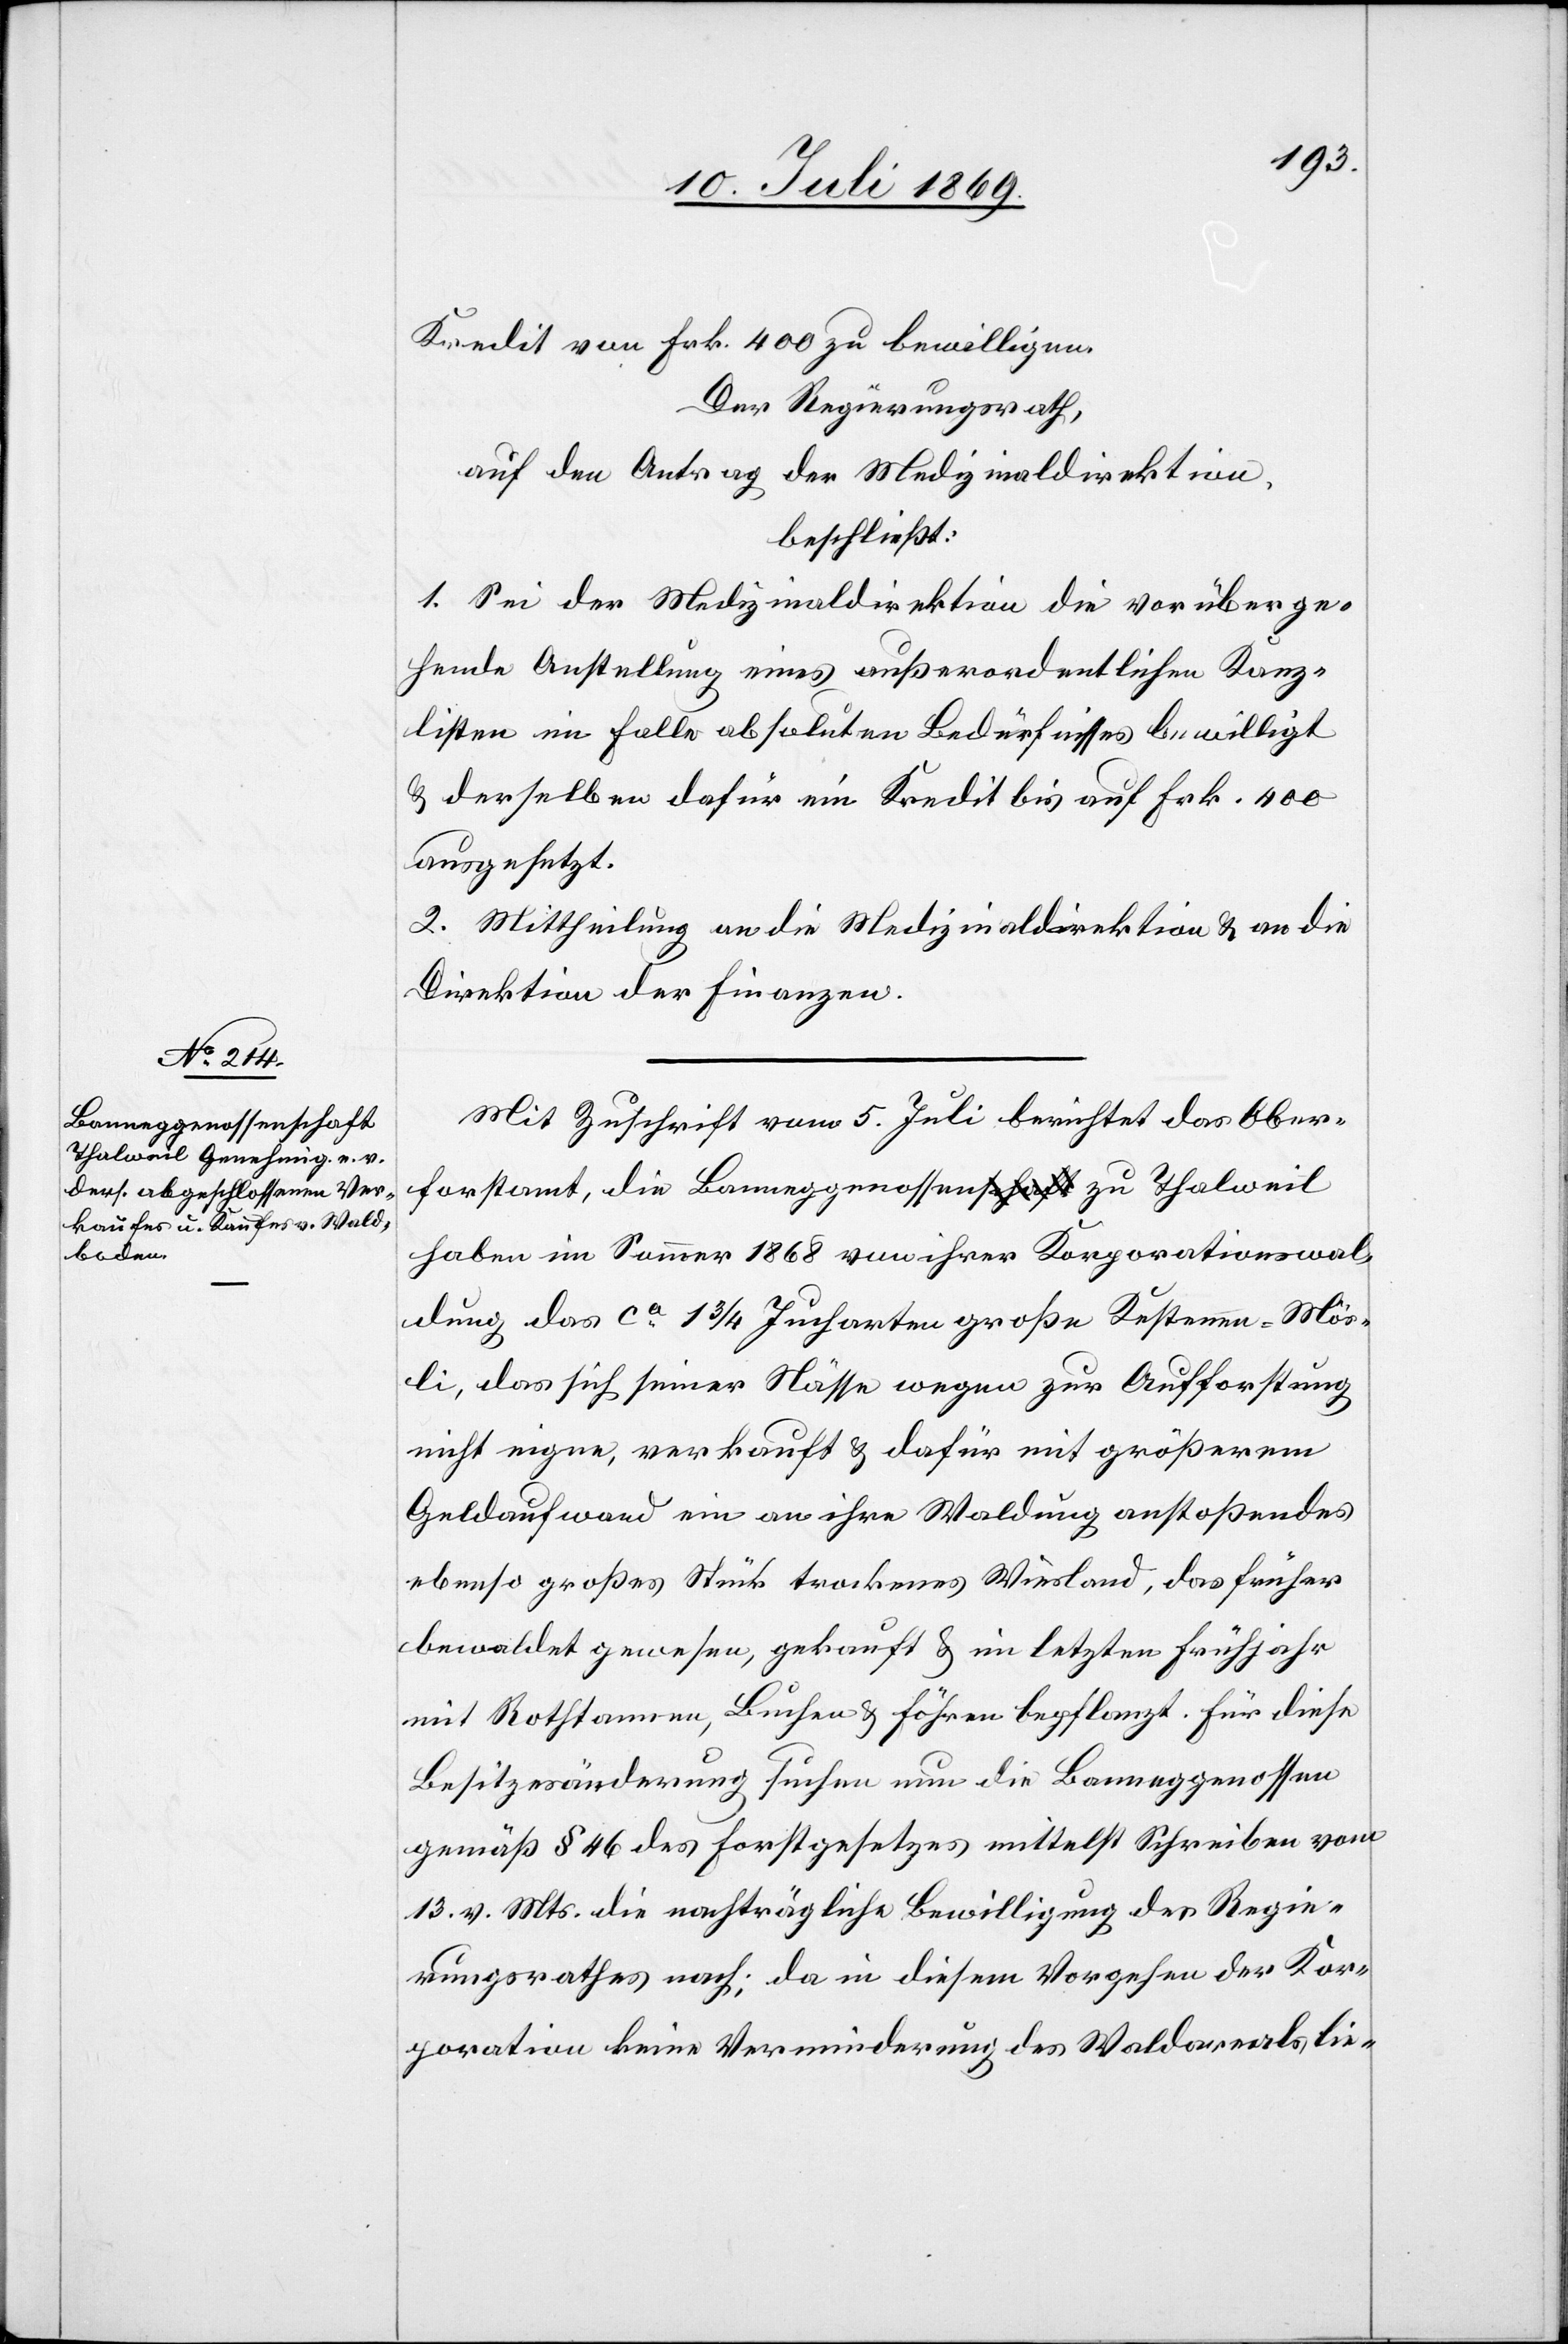
Mit Zuschrift vom 5 Juli berichtet das Ober¬
forstamt, die Banneggenossen zu Thalweil
haben im Sommer 1868 von ihrer Korporationswal¬
dung das ca 1 3/4 Jucharten große Kestennen-Mös¬
li, das sich seine Nässe wegen zur Aufforstung
nicht eigne, verkauft u. dafür mit größerem
Geldaufwand ein an ihre Waldung anstoßendes
ebenso großes Stück trockenes Wiesland, das früher
bewaldet gewesen, gekauft u. im letzten Frühjahr
mit Rothtannen, Buchen u. Föhren bepflanzt. Für diese
Besitzänderung suchen nun die Banneggenossen
gemäß § 46 des Forstgesetzes mittelst Schreiben vom
13 v. Mts. die nachträgliche Bewilligung des Regie¬
rungsrathes nach; da in diesem Vorgehen der Kor¬
poration keine Verminderung des Waldareals lie-